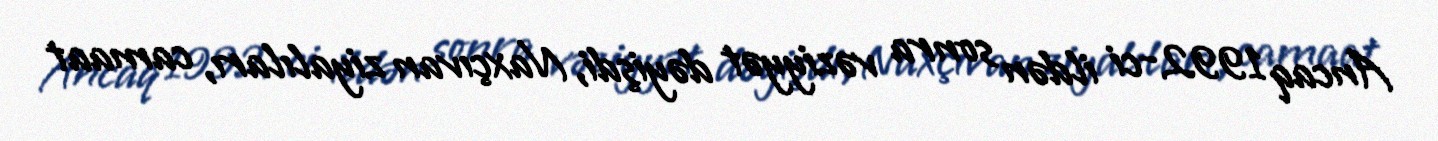
Ancaq 1992-ci ildən sonra vəziyyət dəyişdi, Naxçıvan ziyalıları, camaat